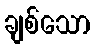
ချစ်သော